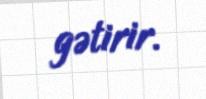
gətirir.